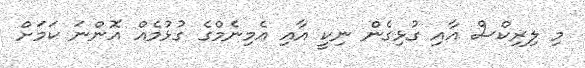
މި ލިރިކްސް އާއި ގުޅިގެން ނިކީ އާއި އެމިނެމްގެ ގުޅުމެއް އޮންނަ ކަމަށް